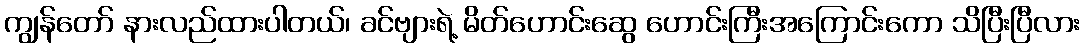
ကျွန်တော် နားလည်ထားပါတယ်၊ ခင်ဗျားရဲ့ မိတ်ဟောင်းဆွေ ဟောင်းကြီးအကြောင်းကော သိပြီးပြီလား